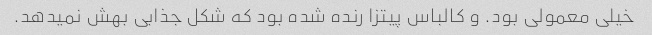
خیلی معمولی بود. و کالباس پیتزا رنده شده بود که شکل جذابی بهش نمیدهد.